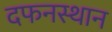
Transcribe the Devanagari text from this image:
दफनस्थान